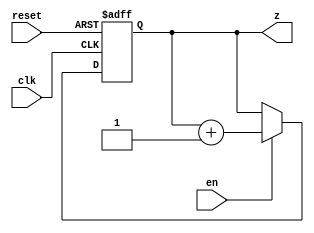
module n_bit_counter(clk,en,reset,z);
parameter n=3;
input clk,reset,en;
output reg [n-1:0] z;

always@(posedge clk,negedge reset)
begin
	if(!reset)
		z=0;
	else if (en)
		z=z+1;
end
endmodule